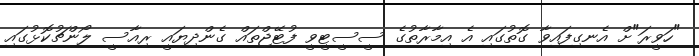
"ހަވީރަ"ށް އެނގިފައިވާ ގޮތުގައި އެ އިމާރާތުގެ ސީސީޓީވީ ފުޓޭޖްތައް ގެންދިޔައީ ރިއާސީ ލޯންޗުކޮޅުގައި